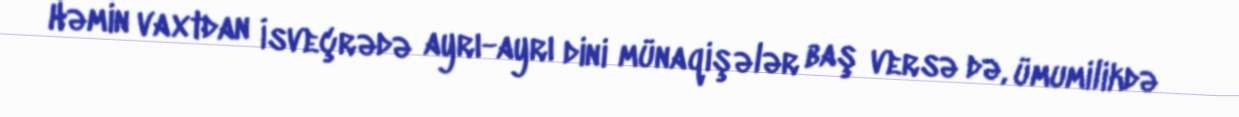
Həmin vaxtdan İsveçrədə ayrı-ayrı dini münaqişələr baş versə də, ümumilikdə